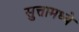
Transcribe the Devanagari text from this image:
सुत्तामध्ये